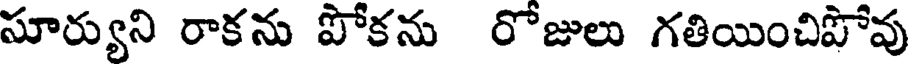
సూర్యుని రాకను పోకను రోజులు గతియించిపోవు